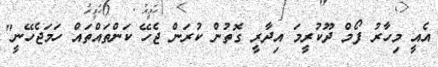
އެއީ މިހާރު ފޯމް ދޫކުރީމަ އިދާރީ ގޮތުން ކުރަން ޖެހޭ ކަންތައްތައް ހަމަޖެހޭނީ"